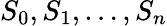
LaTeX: S_{0},S_{1},\ldots,S_{n}